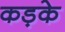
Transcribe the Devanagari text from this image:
कड़के